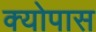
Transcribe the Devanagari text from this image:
क्योपास